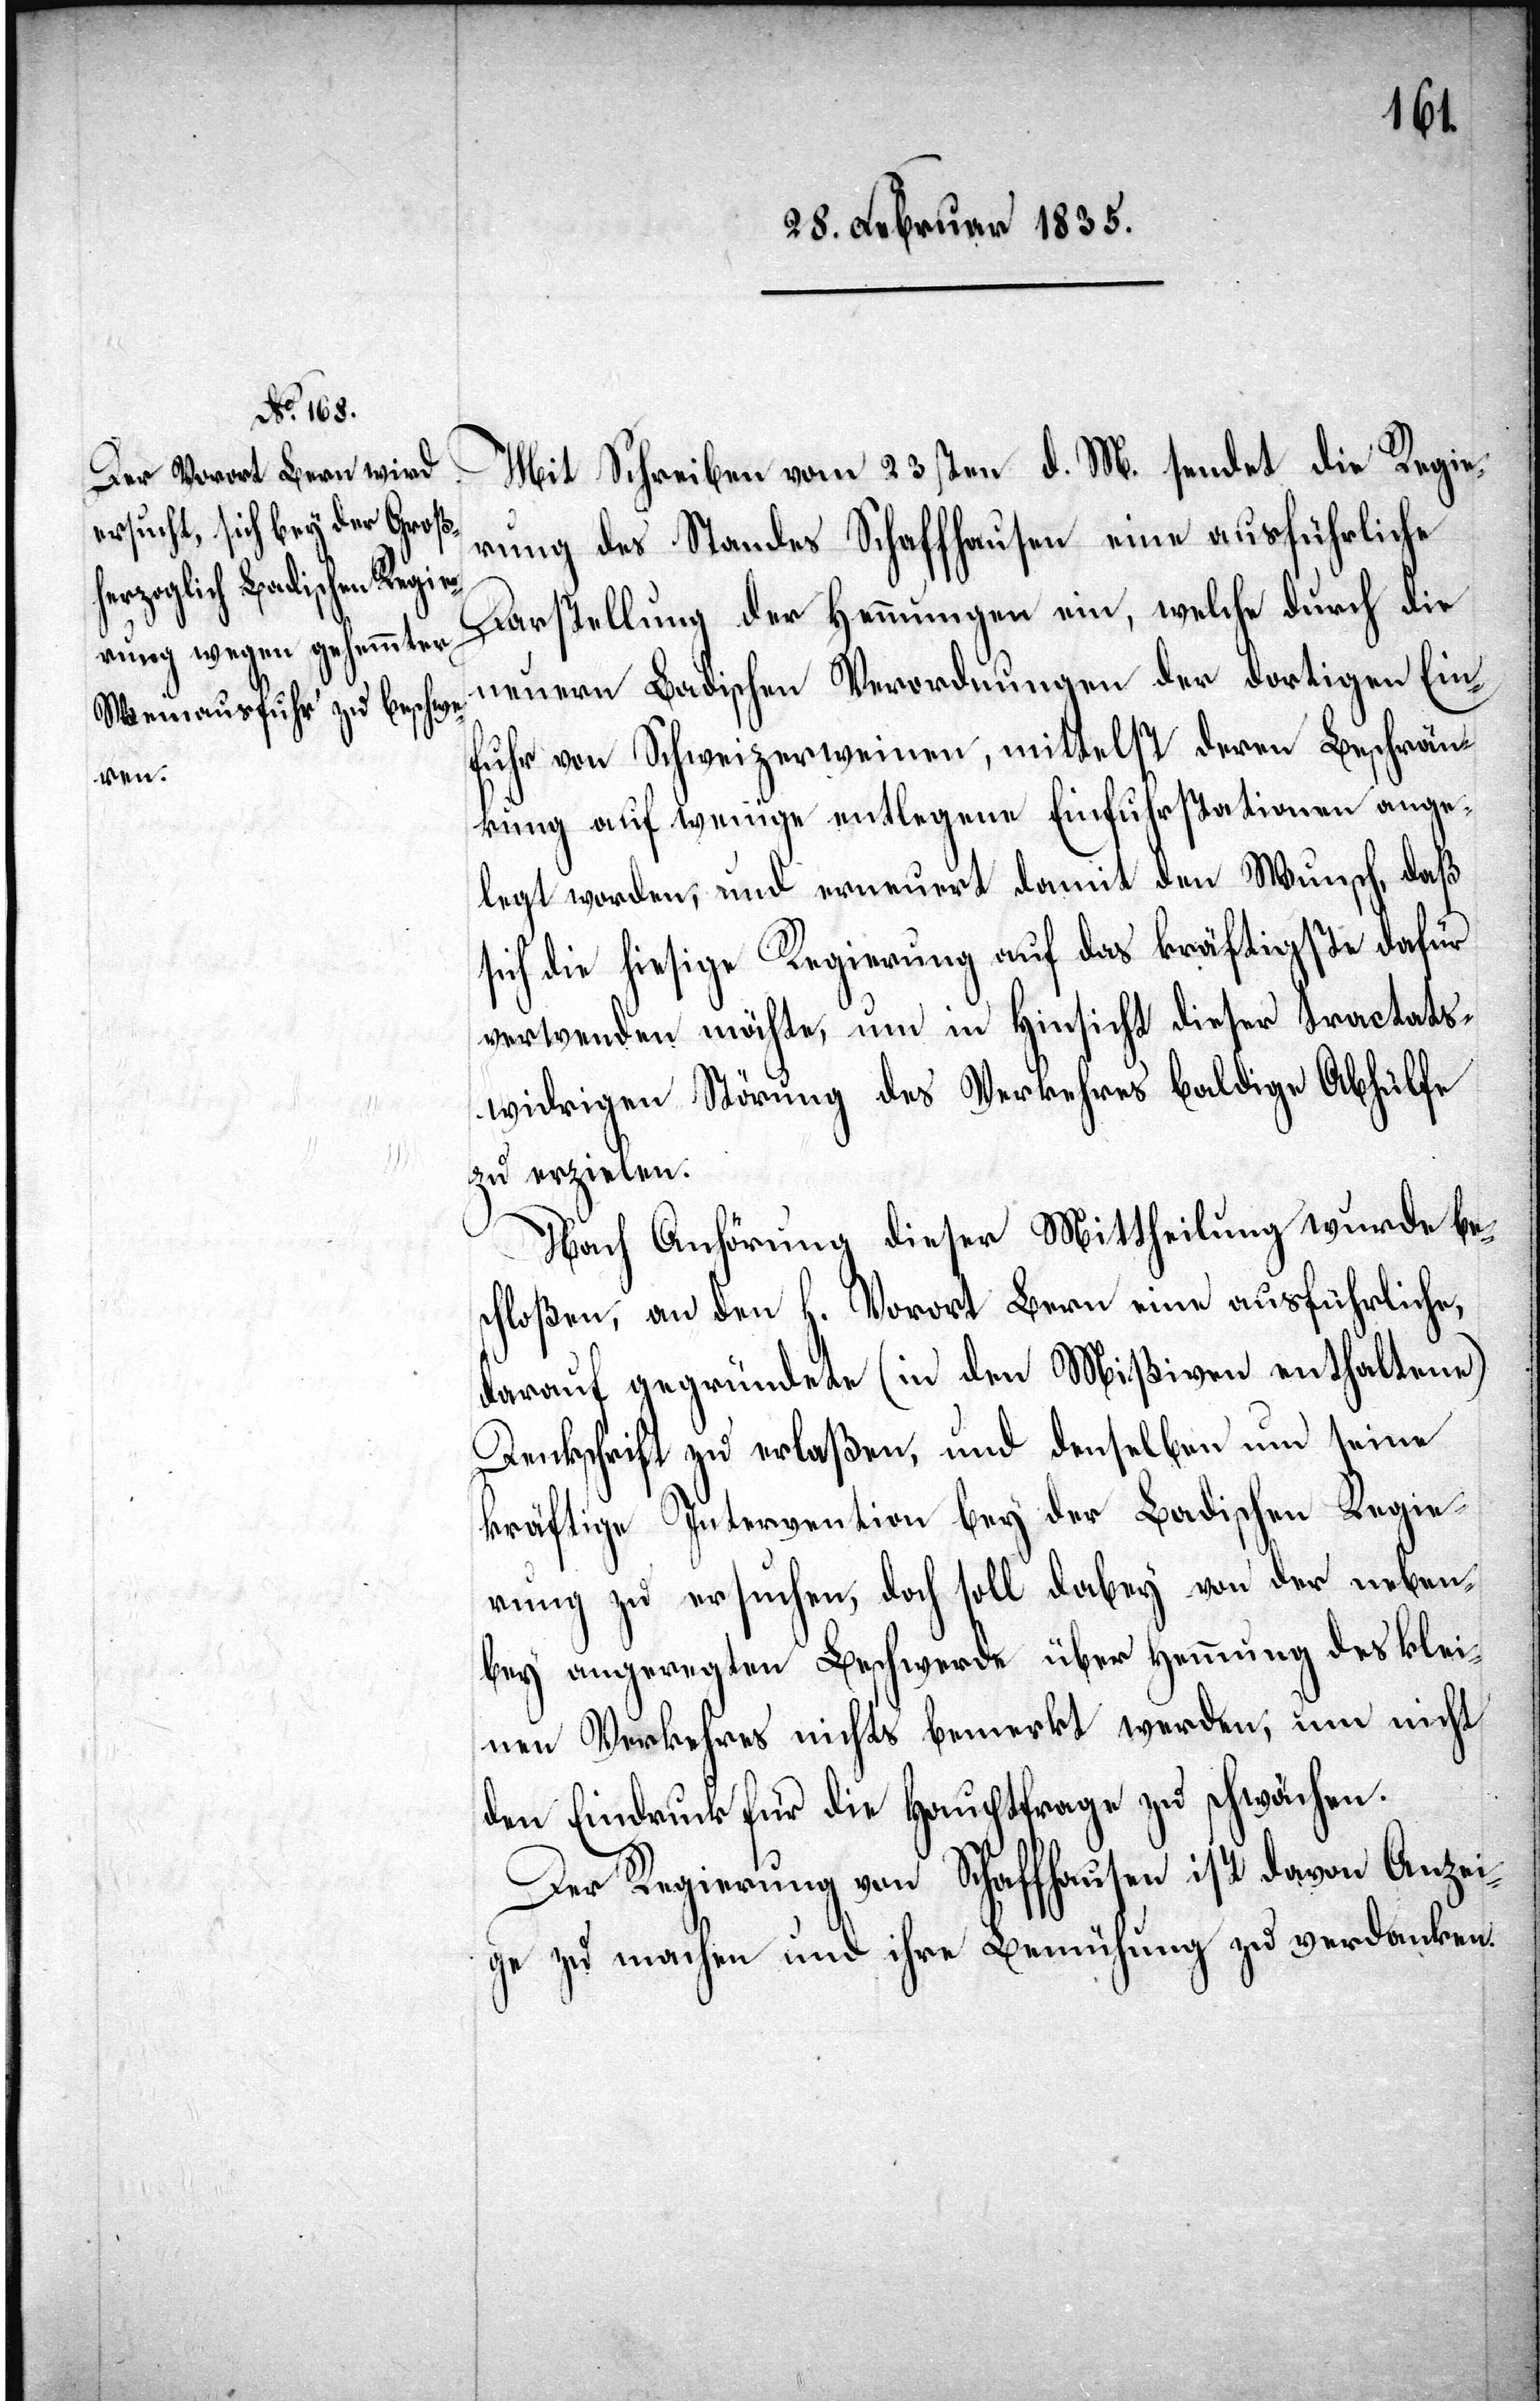
Mit Schreiben vom 23sten d. M. sendet die Regie¬
rung des Standes Schaffhausen eine ausführliche
Darstellung der Hemmungen ein, welche durch die
neuen Badischen Verordnungen der dortigen Ein¬
fuhr von Schweizerweinen, mittelst deren Beschrän¬
kung auf wenige entlegene Einfuhrstationen ange¬
legt worden, und erneuert damit den Wunsch, daß
sich die hiesige Regierung auf das kräftigste dafür
verwenden möchte, um in Hinsicht dieser tractats¬
widrigen Störung des Verkehres baldige Abhülfe
zu erzielen.
Nach Anhörung dieser Mittheilung wurde be¬
schloßen, an den H. Vorort Bern eine ausführliche,
darauf gegründete (in den Mißiven enthaltene)
Denkschrift zu erlaßen, und denselben um seine
kräftige Intervention bey der Badischen Regie¬
rung zu ersuchen, doch soll dabey von der neben¬
bey angeregten Beschwerde über Hemmung des klei¬
nen Verkehres nichts bemerkt werden, um nicht
den Eindruck für die Hauptfrage zu schwächen.
Der Regierung von Schaffhausen ist davon Anzei¬
ge zu machen und ihre Bemühung zu verdanken.